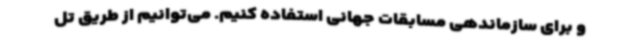
و برای سازماندهی مسابقات جهانی استفاده کنیم. می‌توانیم از طریق تل